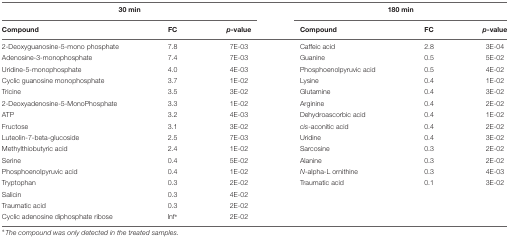
<table><thead><tr><td colspan="3"><b>30 min</b></td><td colspan="3"><b>180 min</b></td></tr><tr><td><b>Compound</b></td><td><b>FC</b></td><td><b><i>p</i>-value</b></td><td><b>Compound</b></td><td><b>FC</b></td><td><b><i>p</i>-value</b></td></tr></thead><tbody><tr><td>2-Deoxyguanosine-5-mono phosphate</td><td>7.8</td><td>7E-03</td><td>Caffeic acid</td><td>2.8</td><td>3E-04</td></tr><tr><td>Adenosine-3-monophosphate</td><td>7.4</td><td>7E-03</td><td>Guanine</td><td>0.5</td><td>5E-02</td></tr><tr><td>Uridine-5-monophosphate</td><td>4.0</td><td>4E-03</td><td>Phosphoenolpyruvic acid</td><td>0.5</td><td>4E-02</td></tr><tr><td>Cyclic guanosine monophosphate</td><td>3.7</td><td>1E-02</td><td>Lysine</td><td>0.4</td><td>1E-02</td></tr><tr><td>Tricine</td><td>3.5</td><td>3E-02</td><td>Glutamine</td><td>0.4</td><td>3E-02</td></tr><tr><td>2-Deoxyadenosine-5-MonoPhosphate</td><td>3.3</td><td>1E-02</td><td>Arginine</td><td>0.4</td><td>2E-02</td></tr><tr><td>ATP</td><td>3.2</td><td>4E-03</td><td>Dehydroascorbic acid</td><td>0.4</td><td>1E-02</td></tr><tr><td>Fructose</td><td>3.1</td><td>3E-02</td><td><i>cis</i>-aconitic acid</td><td>0.4</td><td>2E-02</td></tr><tr><td>Luteolin-7-beta-glucoside</td><td>2.5</td><td>7E-03</td><td>Uridine</td><td>0.4</td><td>3E-02</td></tr><tr><td>Methylthiobutyric acid</td><td>2.4</td><td>1E-02</td><td>Sarcosine</td><td>0.3</td><td>2E-02</td></tr><tr><td>Serine</td><td>0.4</td><td>5E-02</td><td>Alanine</td><td>0.3</td><td>2E-02</td></tr><tr><td>Phosphoenolpyruvic acid</td><td>0.4</td><td>1E-02</td><td><i>N</i>-alpha -L ornithine</td><td>0.3</td><td>4E-03</td></tr><tr><td>Tryptophan</td><td>0.3</td><td>2E-02</td><td>Traumatic acid</td><td>0.1</td><td>3E-02</td></tr><tr><td>Salicin</td><td>0.3</td><td>4E-02</td><td></td><td></td><td></td></tr><tr><td>Traumatic acid</td><td>0.3</td><td>2E-02</td><td></td><td></td><td></td></tr><tr><td>Cyclic adenosine diphosphate ribose</td><td>Inf<sup>∗</sup></td><td>2E-02</td><td></td><td></td><td></td></tr></tbody></table>